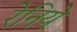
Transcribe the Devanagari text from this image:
रेनिये